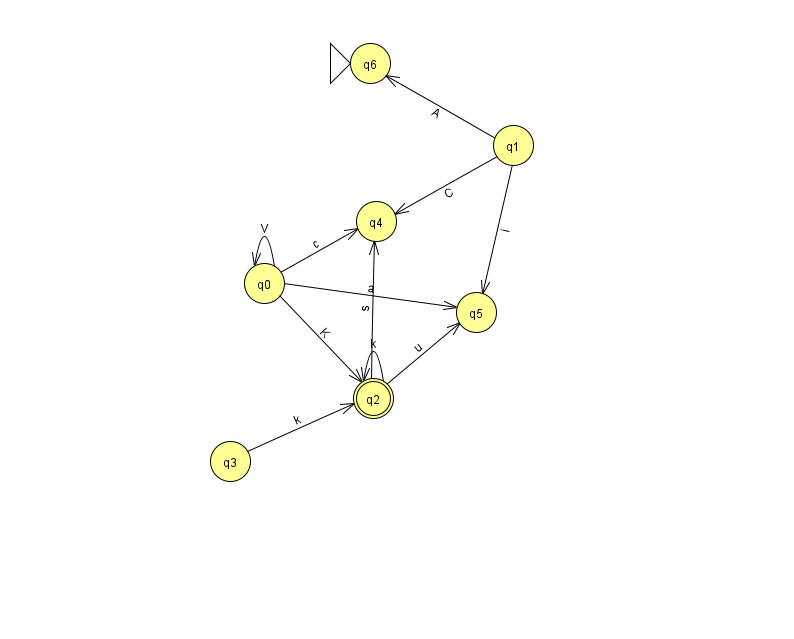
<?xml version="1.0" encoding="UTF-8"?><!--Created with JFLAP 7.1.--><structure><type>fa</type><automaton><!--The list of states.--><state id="0" name="q0"><x>264.0</x><y>270.0</y></state><state id="1" name="q1"><x>513.0</x><y>132.0</y></state><state id="2" name="q2"><x>373.0</x><y>385.0</y><final/></state><state id="3" name="q3"><x>230.0</x><y>448.0</y></state><state id="4" name="q4"><x>376.0</x><y>208.0</y></state><state id="5" name="q5"><x>476.0</x><y>299.0</y></state><state id="6" name="q6"><x>370.0</x><y>50.0</y><initial/></state><!--The list of transitions.--><transition><from>1</from><to>4</to><read>C</read></transition><transition><from>2</from><to>5</to><read>u</read></transition><transition><from>1</from><to>6</to><read>A</read></transition><transition><from>3</from><to>2</to><read>k</read></transition><transition><from>0</from><to>2</to><read>K</read></transition><transition><from>0</from><to>0</to><read>V</read></transition><transition><from>2</from><to>4</to><read>s</read></transition><transition><from>0</from><to>4</to><read>c</read></transition><transition><from>0</from><to>5</to><read>a</read></transition><transition><from>1</from><to>5</to><read>i</read></transition><transition><from>2</from><to>2</to><read>k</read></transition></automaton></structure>